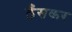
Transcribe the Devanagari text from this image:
ठँसकर